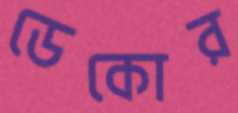
ডেকোর